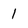
Character: 1